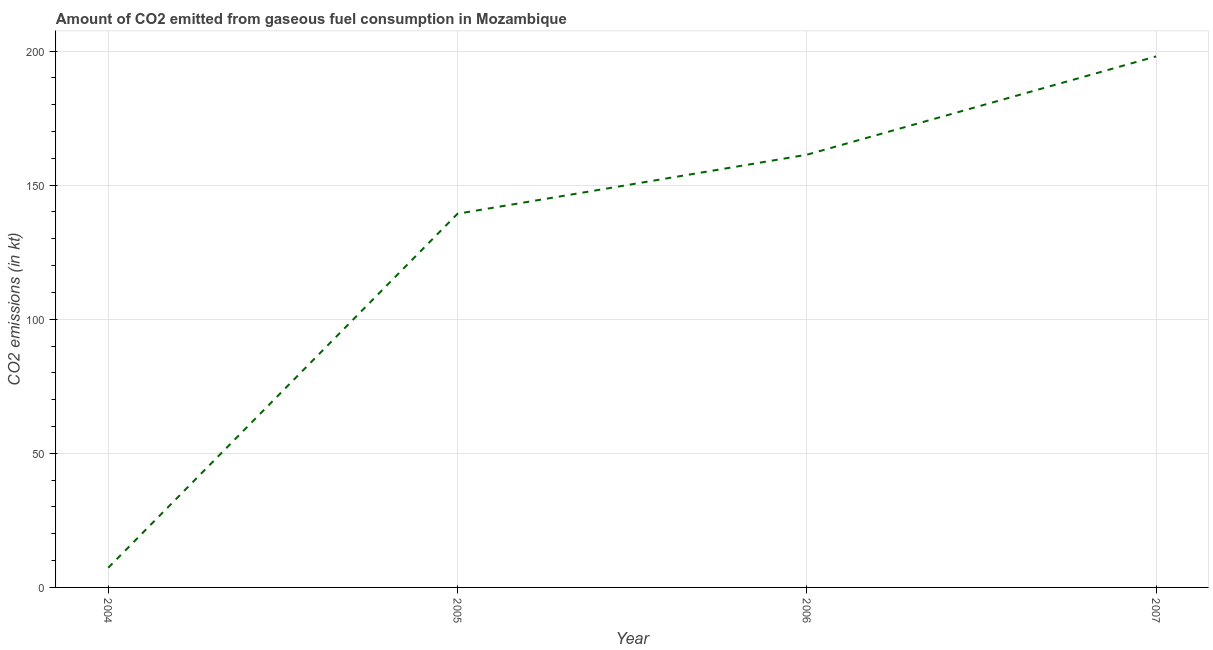
| Year | CO2 emissions from gaseous fuel consumption |
 | --- | --- |
 | 2004 | 7.33 |
 | 2005 | 139 |
 | 2006 | 161 |
 | 2007 | 198 |